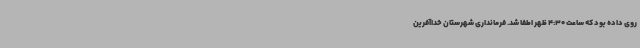
روی داده بود که ساعت 4:30 ظهر اطفا شد. فرمانداری شهرستان خداآفرین